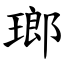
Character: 瑯